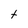
Character: t